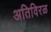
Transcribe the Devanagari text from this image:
अतिविरळ